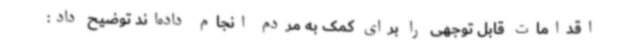
اقدامات قابل توجهی را برای کمک به مردم انجام داده‌اند توضیح داد: